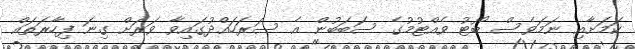
ކަމަށާއި ނަމަވެސް ބޯޓު ވެއްޓުމުގެ ސަބަބުން އެ ސަރަހައްދުގައިވާ ވަރަށް ގިނަ ފިހާރަތައް